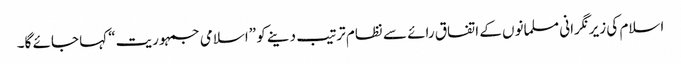
اسلام کی زیرنگرانی مسلمانوں کے اتفاق رائے سے نظام ترتیب دینے کو ”اسلامی جمہوریت“ کہا جائے گا۔